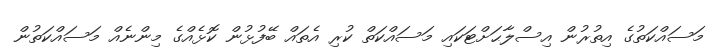
މަސައްކަތުގެ އިތުރުން އިސްލާޙަށްޓަކައި މަސައްކަތް ކުރި އެތައް ބޭފުޅުން ކޮޅެއްގެ މިންނެއް މަސައްކަތުން